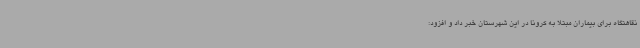
نقاهتگاه برای بیماران مبتلا به کرونا در این شهرستان خبر داد و افزود: